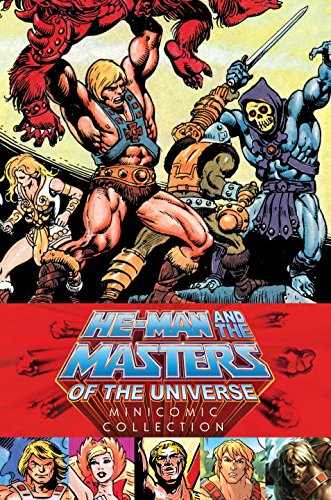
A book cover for He-Man and the Masters of the Universe Minicomic Collection; Various; Comics & Graphic Novels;